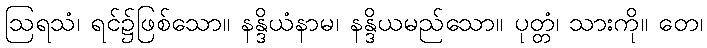
ဩရသံ၊ ရင်၌ဖြစ်သော။ နန္ဒိယံနာမ၊ နန္ဒိယမည်သော။ ပုတ္တံ၊ သားကို။ တေ၊